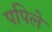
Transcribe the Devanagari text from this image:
पपिले